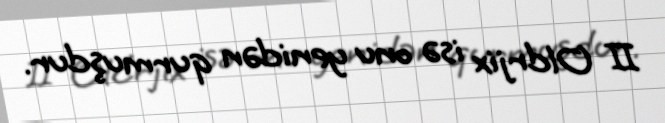
II Oldrjix isə onu yenidən qurmuşdur.